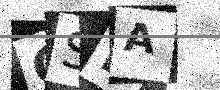
Text: QSIA